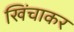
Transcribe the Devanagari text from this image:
खिंचाकर